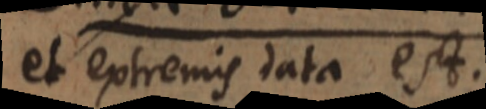
et extremis data est.